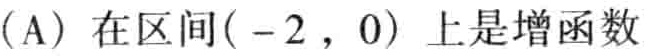
(A) 在区间\((-2,0)\)上是增函数